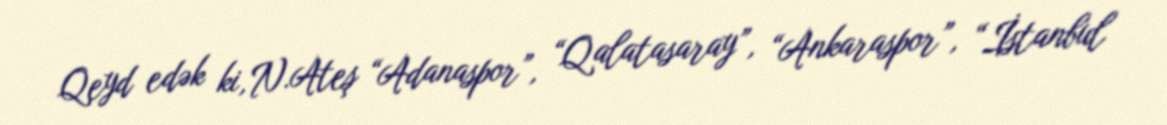
Qeyd edək ki, N.Ateş “Adanaspor”, “Qalatasaray”, “Ankaraspor”, “İstanbul